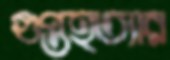
গুপ্তহত্যার